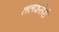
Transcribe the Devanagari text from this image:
तलशसेरी